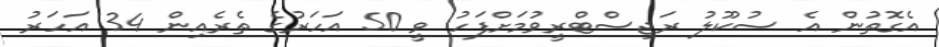
އެގޮތުން އެ ސުކޫލު ރަޖިސްޓްރީވުމަށްފަހު ވީ 50 އަހަރުގެ ތެރެއިން 34 އަހަރު